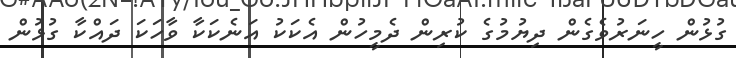
ގުޅުން ހީނަރުވެގެން ދިޔުމުގެ ކުރިން ދެމީހުން އެކަކު އަނެކަކާ ވާހަކަ ދައްކާ ގުޅުން